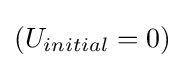
(U_{initial}=0)